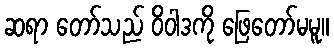
ဆရာ တော်သည် ဝိဝါဒကို ဖြေတော်မမူ။